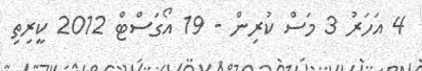
4 އަހަރު 3 މަސް ކުރިން - 19 އޯގަސްޓް 2012 ކީރިތި